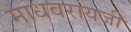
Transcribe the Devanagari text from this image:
माधवरायजी